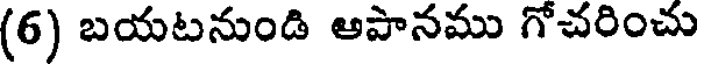
(6) బయటనుండి అపానము గోచరించు